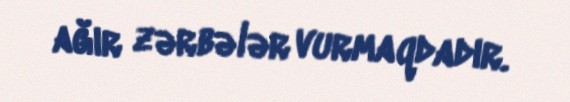
ağır zərbələr vurmaqdadır.